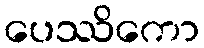
ပေဿိကော